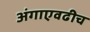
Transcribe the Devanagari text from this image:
अंगाएवढीच